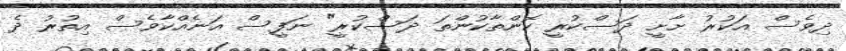
ދިވެސް އަކުރު ށާށީ ދަސްކުރީ ކޮންތާކުންތަ ދަސްކުރީ" ނަފީސް އަނެއްކާވެސް އިތުރު ދެ